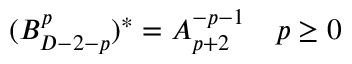
( B _ { D - 2 - p } ^ { p } ) ^ { * } = A _ { p + 2 } ^ { - p - 1 } \quad p \ge 0